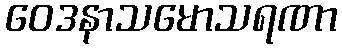
ဝေဒနာသမောသရဏာ